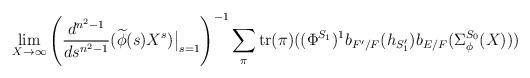
LaTeX: \begin{align*} \lim_{X \to \infty} \left(\frac{d^{n^2-1}}{ds^{n^2-1}}(\widetilde{\phi}(s)X^s)\big|_{s=1}\right)^{-1} \sum_{\pi } \mathrm{tr}(\pi)((\Phi^{S_1})^1b_{F'/F}(h_{S'_1})b_{E/F}(\Sigma_{\phi}^{S_0}(X)))\end{align*}